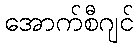
အောက်စီဂျင်